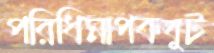
পরিধিমাপকবুট